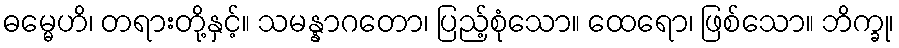
ဓမ္မေဟိ၊ တရားတို့နှင့်။ သမန္နာဂတော၊ ပြည့်စုံသော။ ထေရော၊ ဖြစ်သော။ ဘိက္ခု၊